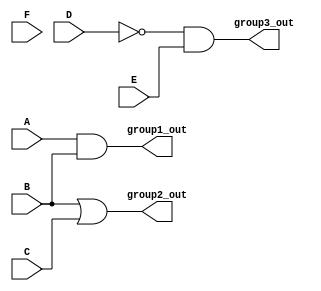
module combinational_logic (
    input wire A,
    input wire B,
    input wire C,
    input wire D,
    input wire E,
    input wire F,
    output wire group1_out,
    output wire group2_out,
    output wire group3_out
);

// Group 1: Output = A AND B
assign group1_out = A & B;

// Group 2: Output = B OR C
assign group2_out = B | C;

// Group 3: Output = NOT D AND E
assign group3_out = ~D & E;

endmodule